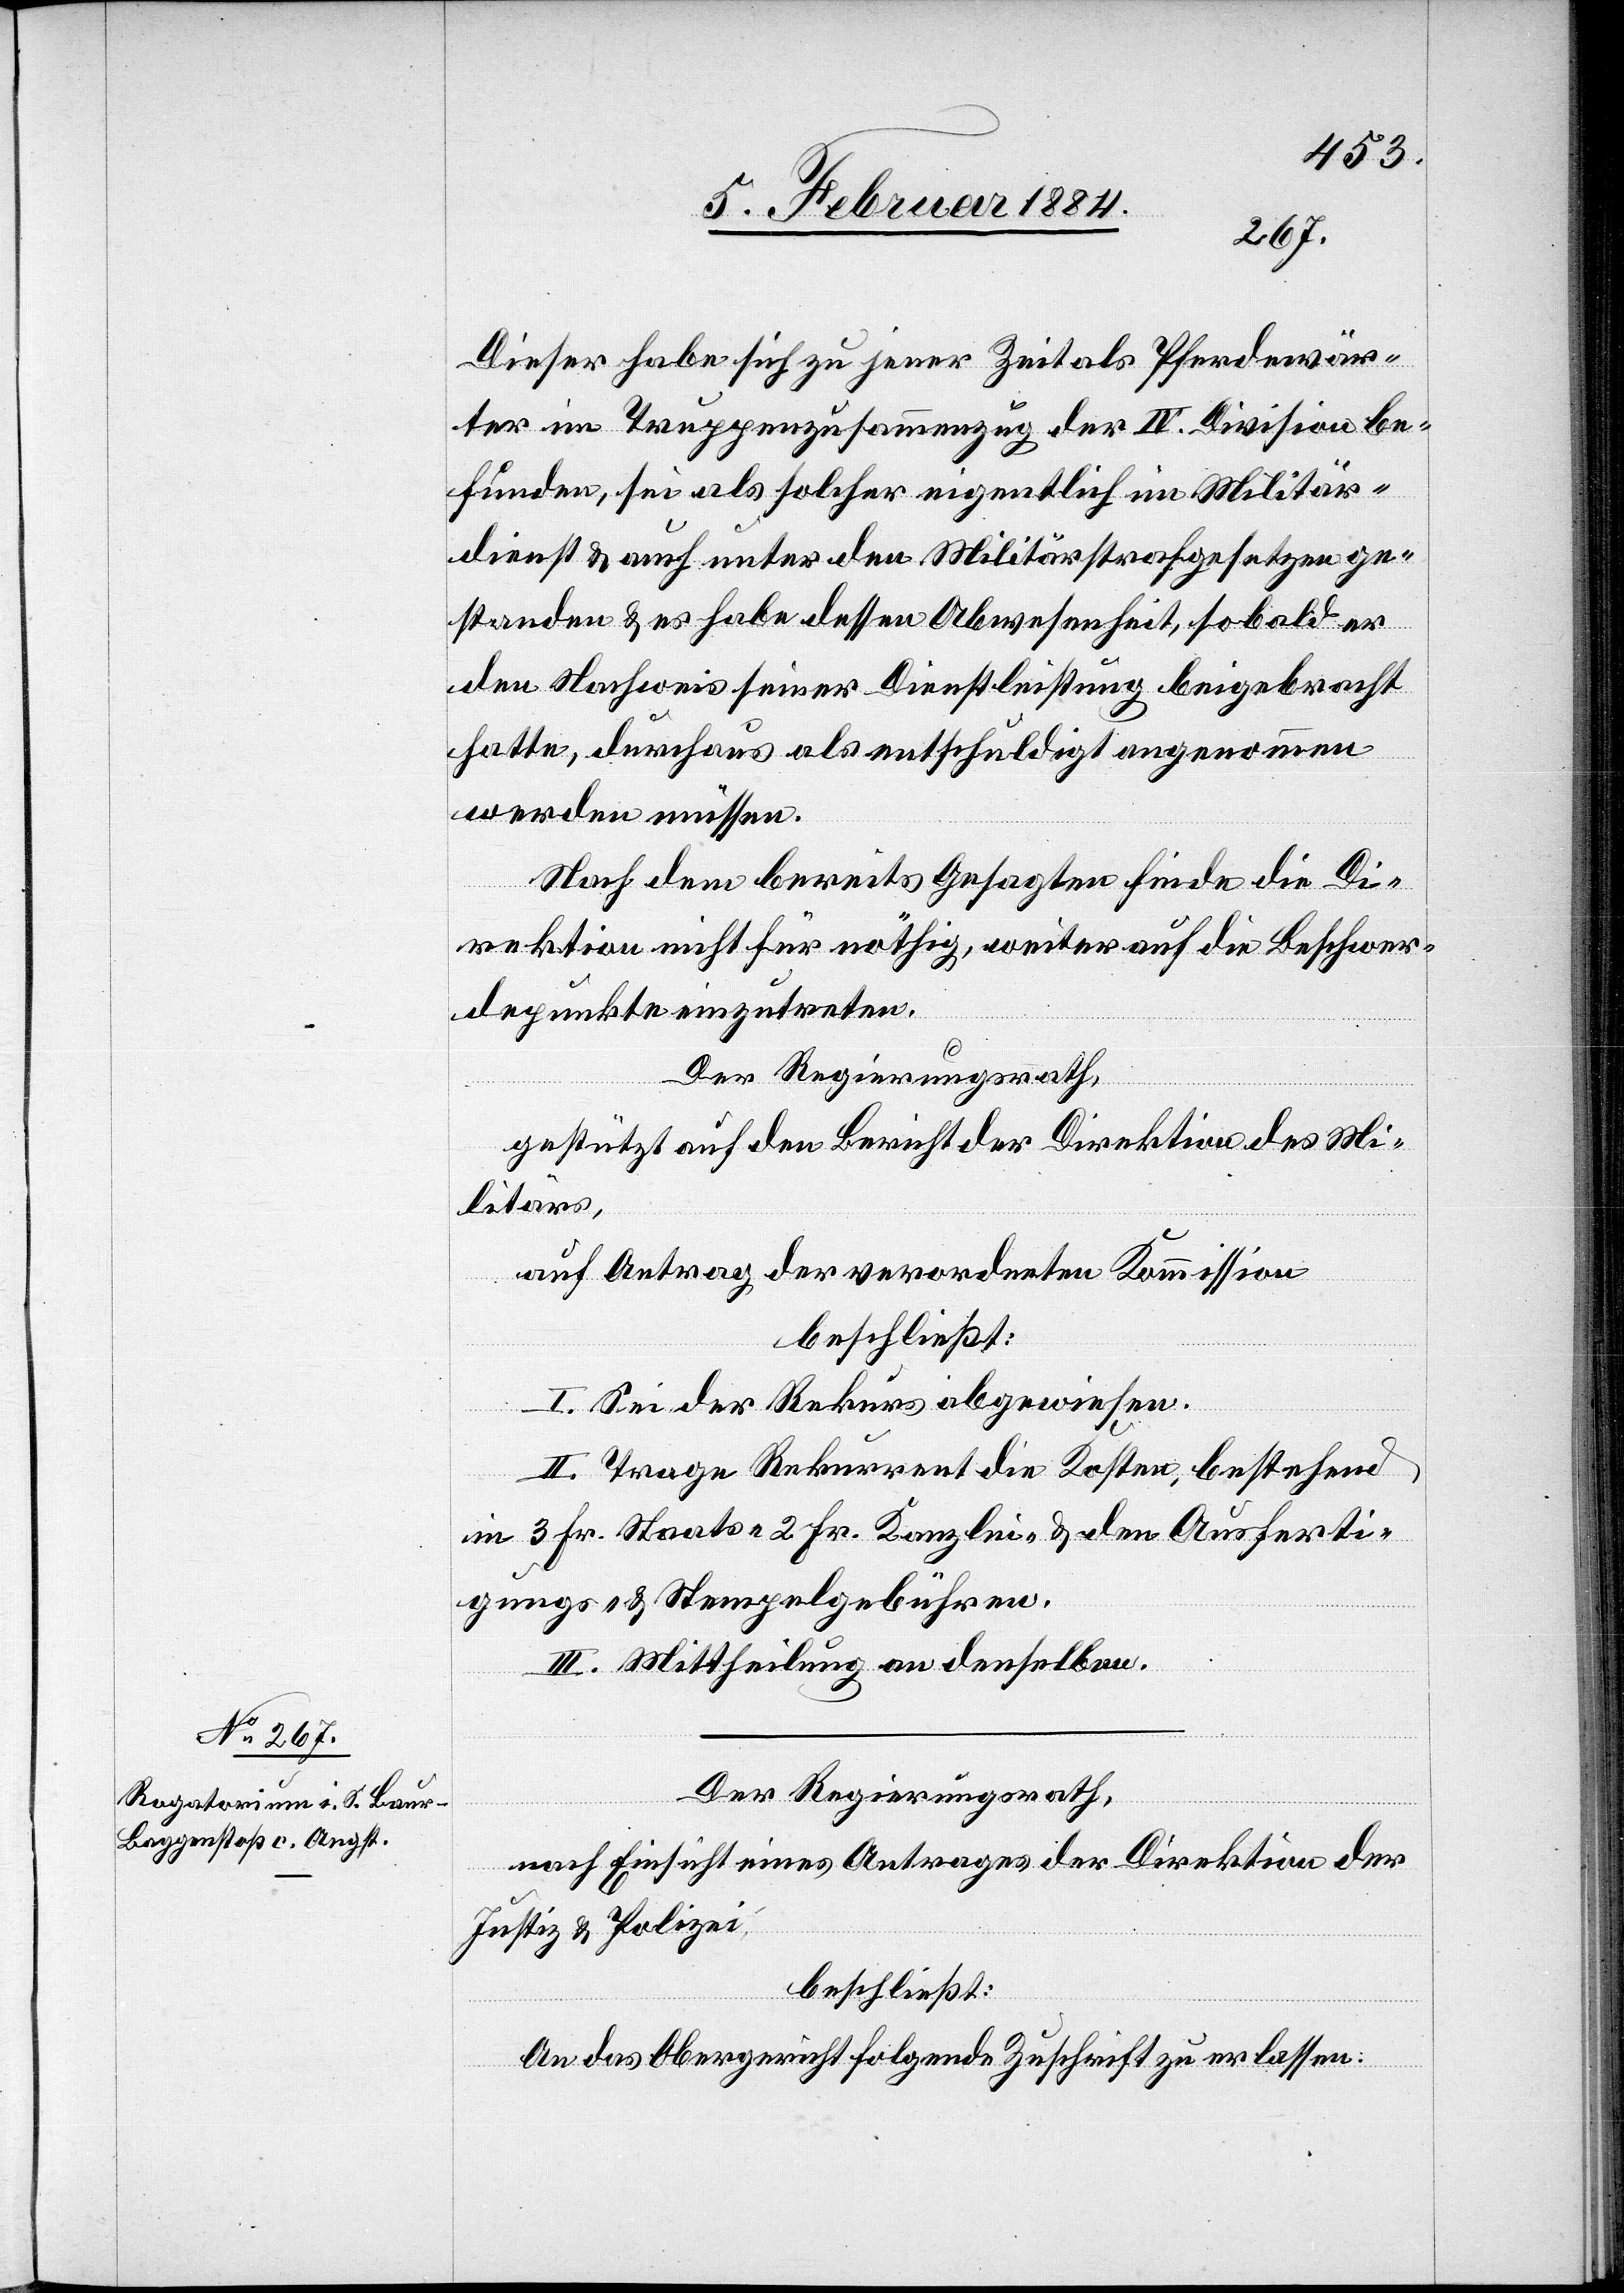
Dieser habe sich zu jener Zeit als Pferdewär¬
ter im Truppenzusammenzug der IV. Division be¬
funden, sei als solcher eigentlich im Militär¬
dienst & auch unter den Militärstrafgesetzen ge¬
standen & er habe dessen Abwesenheit, sobald er
den Nachweis seiner Dienstleistung beigebracht
hatte, durchaus als entschuldigt angenommen
werden müssen.
Nach dem bereits Gesagten finde es die Di¬
rektion nicht für nöthig, weiter auf die Beschwer¬
depunkte einzutreten.
Der Regierungsrath,
gestützt auf den Bericht der Direktion des Mi¬
litärs,
auf den Antrag der verordneten Kommission
beschließt:
I. Sei der Rekurs abgewiesen.
II. Trage Rekurrent die Kosten, bestehend
in 3 Fr. Staats-, 2 Fr. Kanzlei- & den Ausferti¬
gungs- & Stempelgebühren.
III. Mittheilung an denselben.
Der Regierungsrath,
nach Einsicht eines Antrages der Direktion der
Justiz & Polizei,
beschließt:
An das Obergericht folgende Zuschrift zu erlassen: